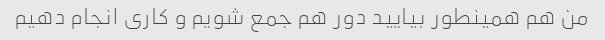
من هم همینطور بیایید دور هم جمع شویم و کاری انجام دهیم